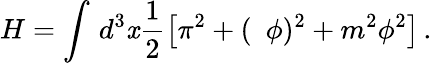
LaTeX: H=\int\, d^{3}\mathit{x}\frac{1}{2}\left[\pi^{2}+(\, \, \, \phi)^{2}+m^{2}\phi^{2}\right]\, .